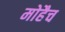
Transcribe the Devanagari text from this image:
मोहैच